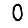
Digit: 0